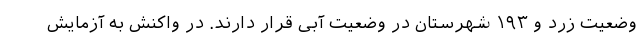
وضعیت زرد و ۱۹۳ شهرستان در وضعیت آبی قرار دارند. در واکنش به آزمایش